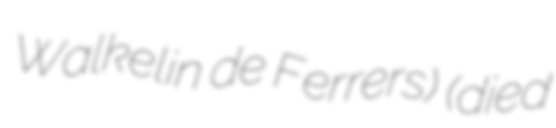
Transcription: Walkelin de Ferrers) (died